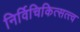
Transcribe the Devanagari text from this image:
निर्विचिकित्सत्त्व